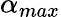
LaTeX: \alpha_{max}